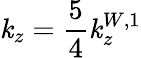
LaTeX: \mathit{k}_{z}=\frac{{5}}{{4}}\mathit{k}_{z}^{W,1}